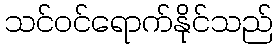
သင်ဝင်ရောက်နိုင်သည်